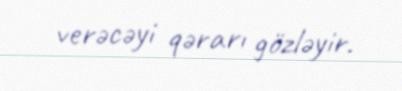
verəcəyi qərarı gözləyir.